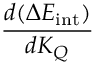
\frac { d ( \Delta E _ { \mathrm { i n t } } ) } { d K _ { Q } }